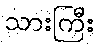
သားကြီး